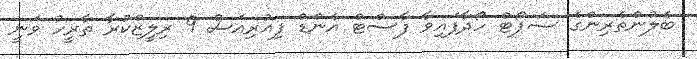
ބެލުންތެރިންގެ ސަޕޯޓް ހޯދާފައިވާ ފާސްޓް އެންޑް ފިއުރިއަސް 9 ރިލީޒްކުރާ ތާރީހު ވަނީ